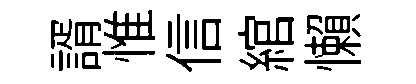
諝惟信綰懶